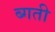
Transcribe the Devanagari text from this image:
ब्गती